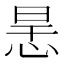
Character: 𢙶